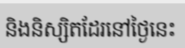
និងនិស្សិតដែរនៅថ្ងៃនេះ